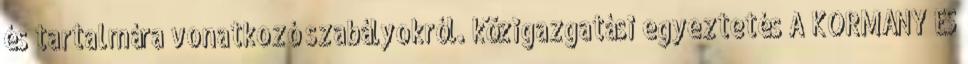
és tartalmára vonatkozó szabályokról. közigazgatási egyeztetés A KORMÁNY ÉS